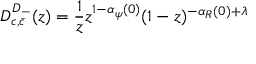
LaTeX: { \cal D } _ { c , \bar { c } } ^ { D _ { - } } ( z ) = \frac { 1 } { z } z ^ { 1 - \alpha _ { \psi } ( 0 ) } ( 1 - z ) ^ { - \alpha _ { R } ( 0 ) + \lambda }